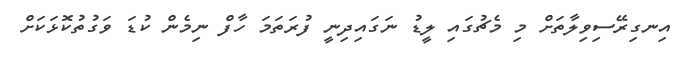
އިނގިރޭސިވިލާތަށް މި މެޗުގައި ލީޑު ނަގައިދިނީ ފުރަތަމަ ހާފް ނިމެން ކުޑަ ވަގުތުކޮޅަކަށް